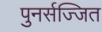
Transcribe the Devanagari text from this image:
पुनर्सज्जित